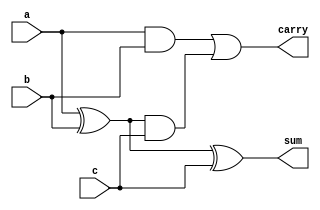
//Full Adder Dataflow

module Full_Adder_Dataflow(
input a,b,c,
output sum,carry
);

assign sum = a ^ b ^ c;
assign carry = (a & b) | ((a ^ b) & c); 
endmodule